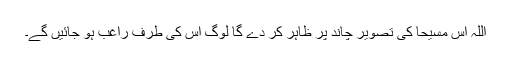
اللہ اُس مسیحا کی تصویر چاند پر ظاہر کر دے گا لوگ اُس کی طرف راغب ہو جائیں گے۔